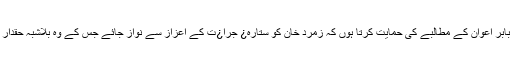
میں بابر اعوان کے مطالبے کی حمایت کرتا ہوں کہ زمرد خان کو ستارہ¿ جرا¿ت کے اعزاز سے نواز جائے جس کے وہ بلاشبہ حقدار ہیں۔